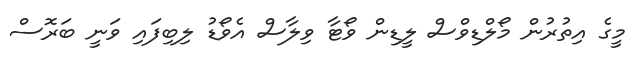
މީގެ އިތުރުން މޯލްޑިވްސް ލީޑިން ވޯޓާ ވިލާސް އެވޯޑު ލިބިފައި ވަނީ ބަރޮސް